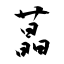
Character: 蕌